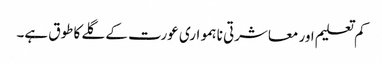
کم تعلیم اور معاشرتی نا ہمواری عورت کے گلے کا طوق ہے۔